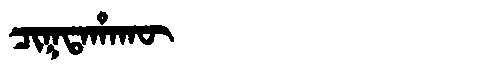
Manchu: ᠴᡳᡴᡨᠠᡥᠠᡴᡡ
Romanization: CIKTAHAKŪ